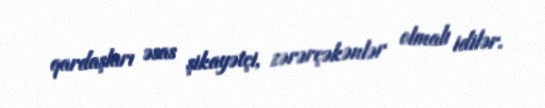
qardaşları əsas şikayətçi, zərərçəkənlər olmalı idilər.